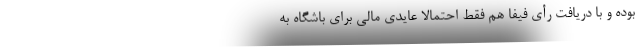
بوده و با دریافت رأی فیفا هم فقط احتمالا عایدی مالی برای باشگاه به